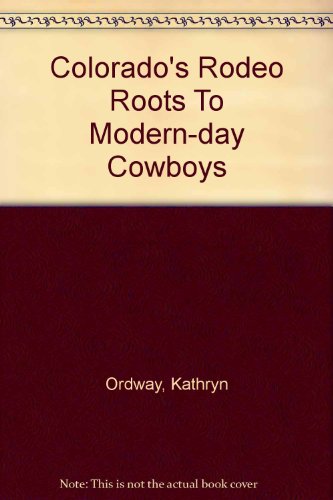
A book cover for Colorado's Rodeo Roots To Modern-day Cowboys; Kathryn Ordway; Sports & Outdoors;